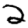
Digit: 2